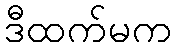
ဒီထက်မက